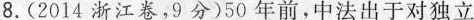
8.(2014浙江卷，9分)50年前，中法出于对独立